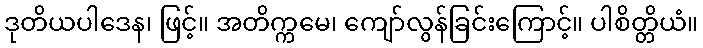
ဒုတိယပါဒေန၊ ဖြင့်။ အတိက္ကမေ၊ ကျော်လွန်ခြင်းကြောင့်။ ပါစိတ္တိယံ။